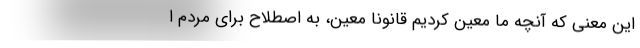
این معنی که آنچه ما معین کردیم قانونا معین، به اصطلاح برای مردم ا